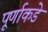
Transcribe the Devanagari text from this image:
पूर्णाकडे